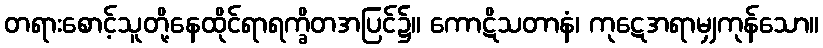
တရားစောင့်သူတို့နေထိုင်ရာရက္ခိတအပြင်၌။ ကောဋိသတာနံ၊ ကုဋေအရာမျှကုန်သော။